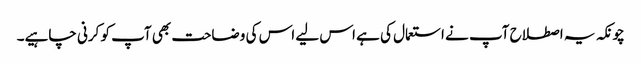
چونکہ یہ اصطلاح آپ نے استعمال کی ہے اس لیے اس کی وضاحت بھی آپ کو کرنی چاہیے۔